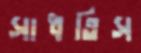
সাধতিস